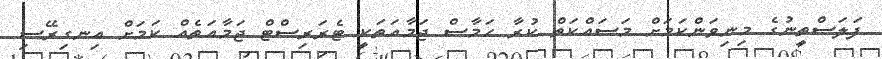
ފަލަސްތީނުގެ މިނިވަންކަމަށް މަސައްކަތް ކުރާ ހަމާސް ޖަމާއަތަކީ ޓެރަރިސްޓް ޖަމާއަތެއް ކަމަށް އިނގިރޭސި